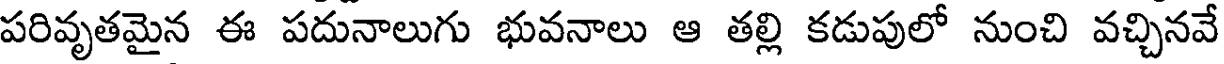
పరివృతమైన ఈ పదునాలుగు భువనాలు ఆ తల్లి కడుపులో నుంచి వచ్చినవే